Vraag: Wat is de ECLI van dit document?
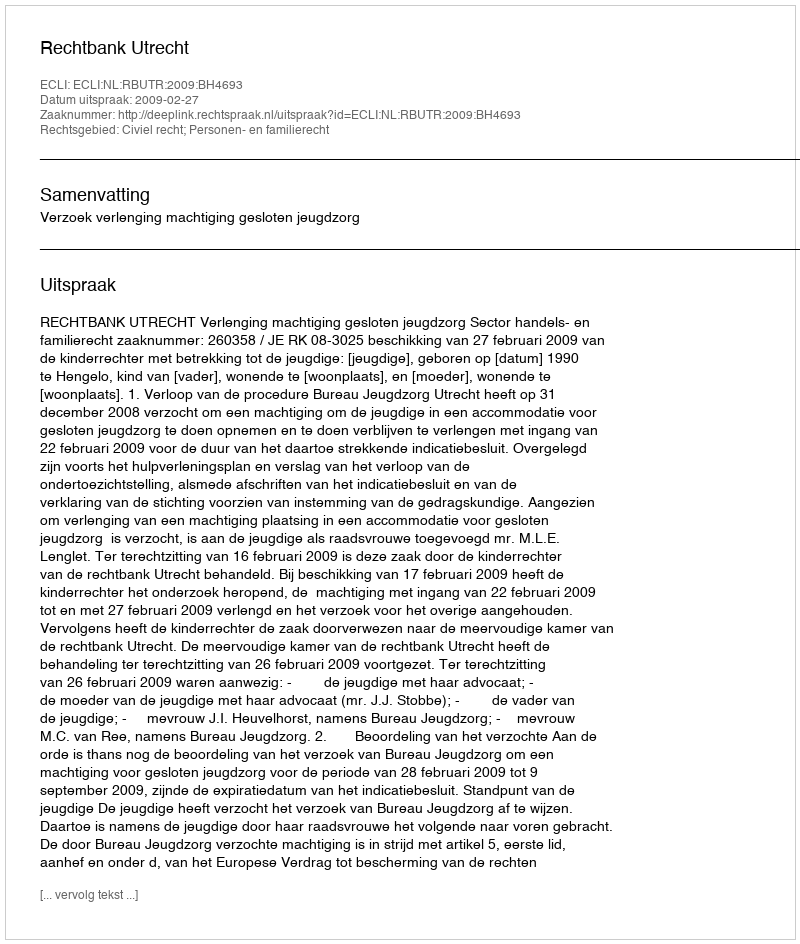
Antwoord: ECLI:NL:RBUTR:2009:BH4693